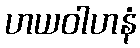
ဟယဝါဟနံ